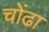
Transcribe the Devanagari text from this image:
चोंढा